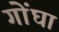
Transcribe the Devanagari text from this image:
गोंघा